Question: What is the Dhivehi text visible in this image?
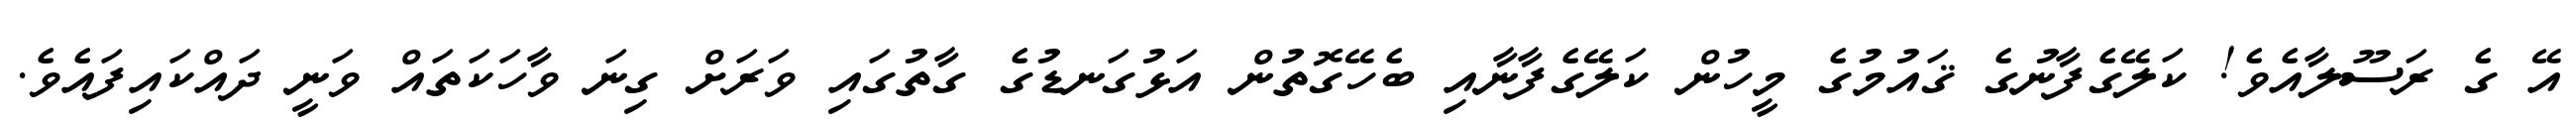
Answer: އޭ ގެ ރަސޫލާއެވެ! ކަލޭގެފާނުގެ ޤައުމުގެ މީހުން ކަލޭގެފާނާއި ބެހޭގޮތުން އަޅުގަނޑުގެ ގާތުގައި ވަރަށް ގިނަ ވާހަކަތައް ވަނީ ދައްކައިފައެވެ.